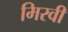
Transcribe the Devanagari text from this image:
मिरवी